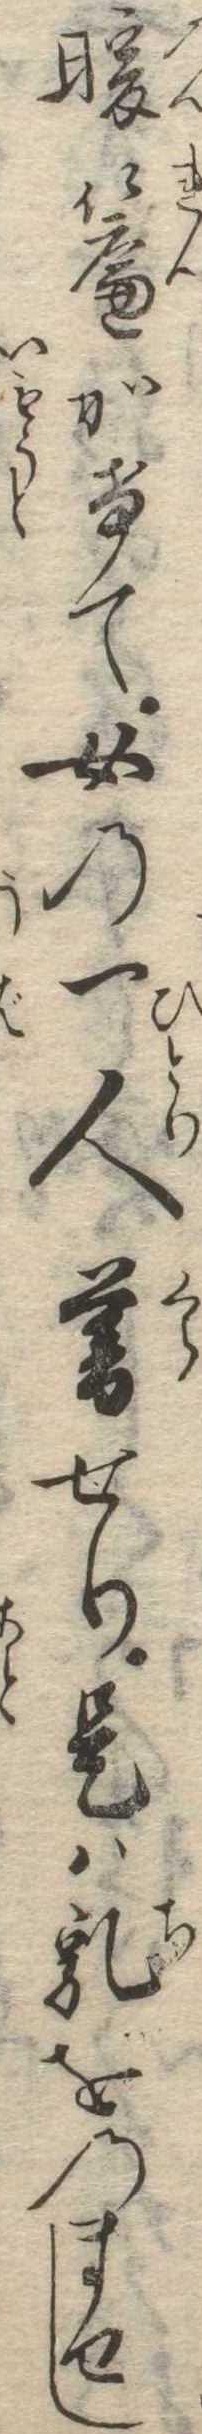
暖簾かけて女の一人暮せり是は乳をのませし